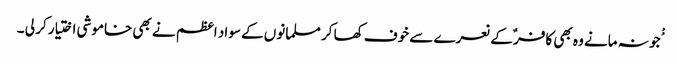
ْْجو نہ مانے وہ بھی کافر ٌکے نعرے سے خوف کھا کر مسلمانوں کے سواد اعظم نے بھی خاموشی اختیار کر لی ۔